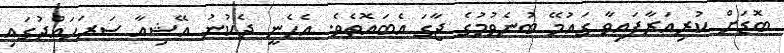
ބޮޑަށް ކުރިއަރާފައިވާ ގައުމޭ ބުނެވުމުގެ ޖާގަ އެބައޮތެވެ. އެހެނީ ދެކުނު އޭޝިއާ ސަރަހައްދުގައި